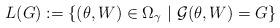
LaTeX: \begin{align*}L(G):= \{ (\theta,W)\in \Omega_{\gamma} \ | \ {\cal G}(\theta,W)=G\}\end{align*}